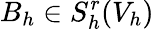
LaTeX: B_{h}\in S_{h}^{r}(V_{h})